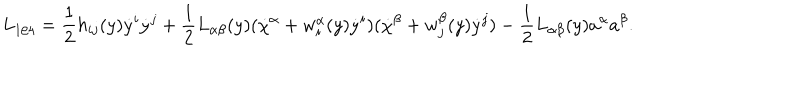
L _ { 1 / 4 } = \frac { 1 } { 2 } h _ { i j } ( y ) \dot { y } ^ { i } \dot { y } ^ { j } + \frac { 1 } { 2 } L _ { \alpha \beta } ( y ) ( \dot { \chi } ^ { \alpha } + w _ { i } ^ { \alpha } ( y ) \dot { y } ^ { i } ) ( \dot { \chi } ^ { \beta } + w _ { j } ^ { \beta } ( y ) \dot { y } ^ { j } ) - \frac { 1 } { 2 } L _ { \alpha \beta } ( y ) a ^ { \alpha } a ^ { \beta } .